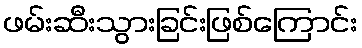
ဖမ်းဆီးသွားခြင်းဖြစ်ကြောင်း